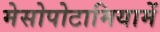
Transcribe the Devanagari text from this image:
मेसोपोटामियामें